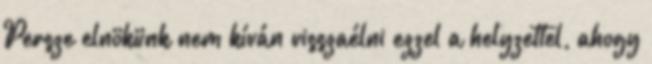
Persze elnökünk nem kíván visszaélni ezzel a helyzettel, ahogy